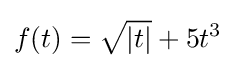
f(t)={\sqrt {|t|}}+5t^{3}